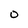
Character: O